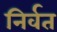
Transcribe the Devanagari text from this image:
निर्वत